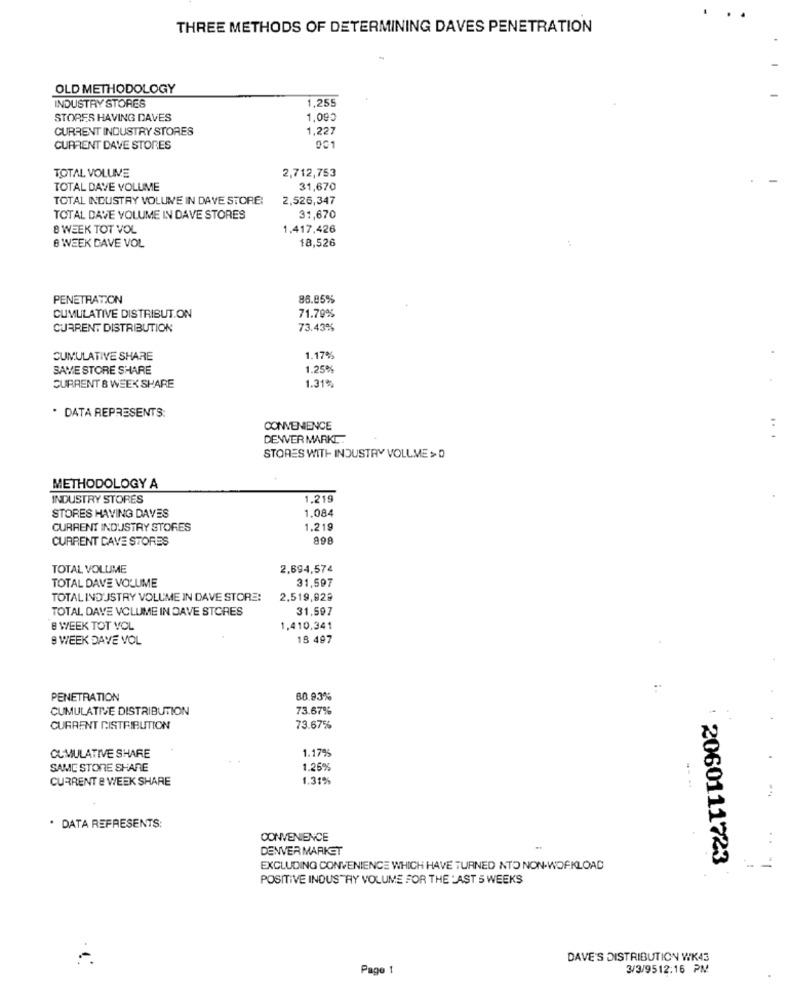
THREE METHODS OF DETERMINING DAVES PENETRATION
OLD METHODOLOGY
INDUSTRY STORES
1,255
STORES HAVING DAVES
1,090
CURRENT INDUSTRY STORES
1,227
CURRENT DAVE STORES
001
TOTAL VOLUME
2,712,753
TOTAL DAVE VOLUME
31,670
TOTAL INDUSTRY VOLUME IN DAVE STORE:
2,526,347
TOTAL DAVE VOLUME IN DAVE STORES
31,670
8 WEEK TOT VOL
1.417,426
8 WEEK DAVE VOL
18,526
PENETRATION
86.85%
CUMULATIVE DISTRIBUT.ON
71.79%
CURRENT DISTRIBUTION
73.43%
CUMULATIVE SHARE
1.17%
SAME STORE SHARE
1.25%
1.31%
CURRENT & WEEK SHARE
. DATA REPRESENTS:
CONVENIENCE
DEWVER MARKI:
STORES WITH INDUSTRY VOLLME > D
METHODOLOGY A
INDUSTRY STORES
1,219
1.084
STORES HAVING DAVES
CURRENT INDUSTRY STORES
1.219
CURRENT CAVE STORES
898
TOTAL VOLUME
2,694,574
31,597
TOTAL DAVE VOLUME
TOTAL INDUSTRY VOLUME IN DAVE STORE:
2.519,929
TOTAL DAVE VOLUME IN DAVE STORES
31.597
8 WEEK TOT VOL
1,410.341
9 WEEK DAVE VOL
18 497
PENETRATION
80.93%
CUMULATIVE DISTRIBUTION
73.67%
CURRENT DISTRIBUTION
73.67%
1.17%
CUMULATIVE SHARE
SAME STORE SHARE
1.25%
CURRENT & WEEK SHARE
1.31%
...
· DATA REFRESENTS:
CONVENIENCE
DENVER MARKET
EXCLUDING CONVENIENCE WHICH HAVE TURNED NTO NON-WORKLOAD
2060111723
POSITIVE INDUSTRY VOLUME FOR THE : AST 5 WEEKS
DAVE'S DISTRIBUTION WK43
Page 1
3/3/9512:16 PM